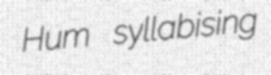
Hum syllabising